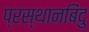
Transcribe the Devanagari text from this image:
प्रस्थानबिंदु